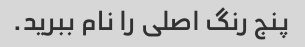
پنج رنگ اصلی را نام ببرید.